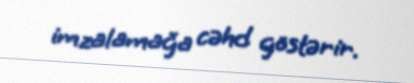
imzalamağa cəhd göstərir.